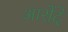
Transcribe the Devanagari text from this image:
आरोंदे